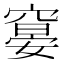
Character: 𰩖